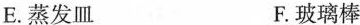
E.蒸发皿 F.玻璃棒